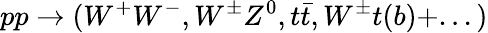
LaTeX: pp\rightarrow(W^{+}W^{-},W^{\pm}Z^{0},t\bar{t},W^{\pm}t(b)+...)